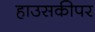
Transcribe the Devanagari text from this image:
हाउसकीपर